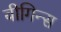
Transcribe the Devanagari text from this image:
बीगिन्स